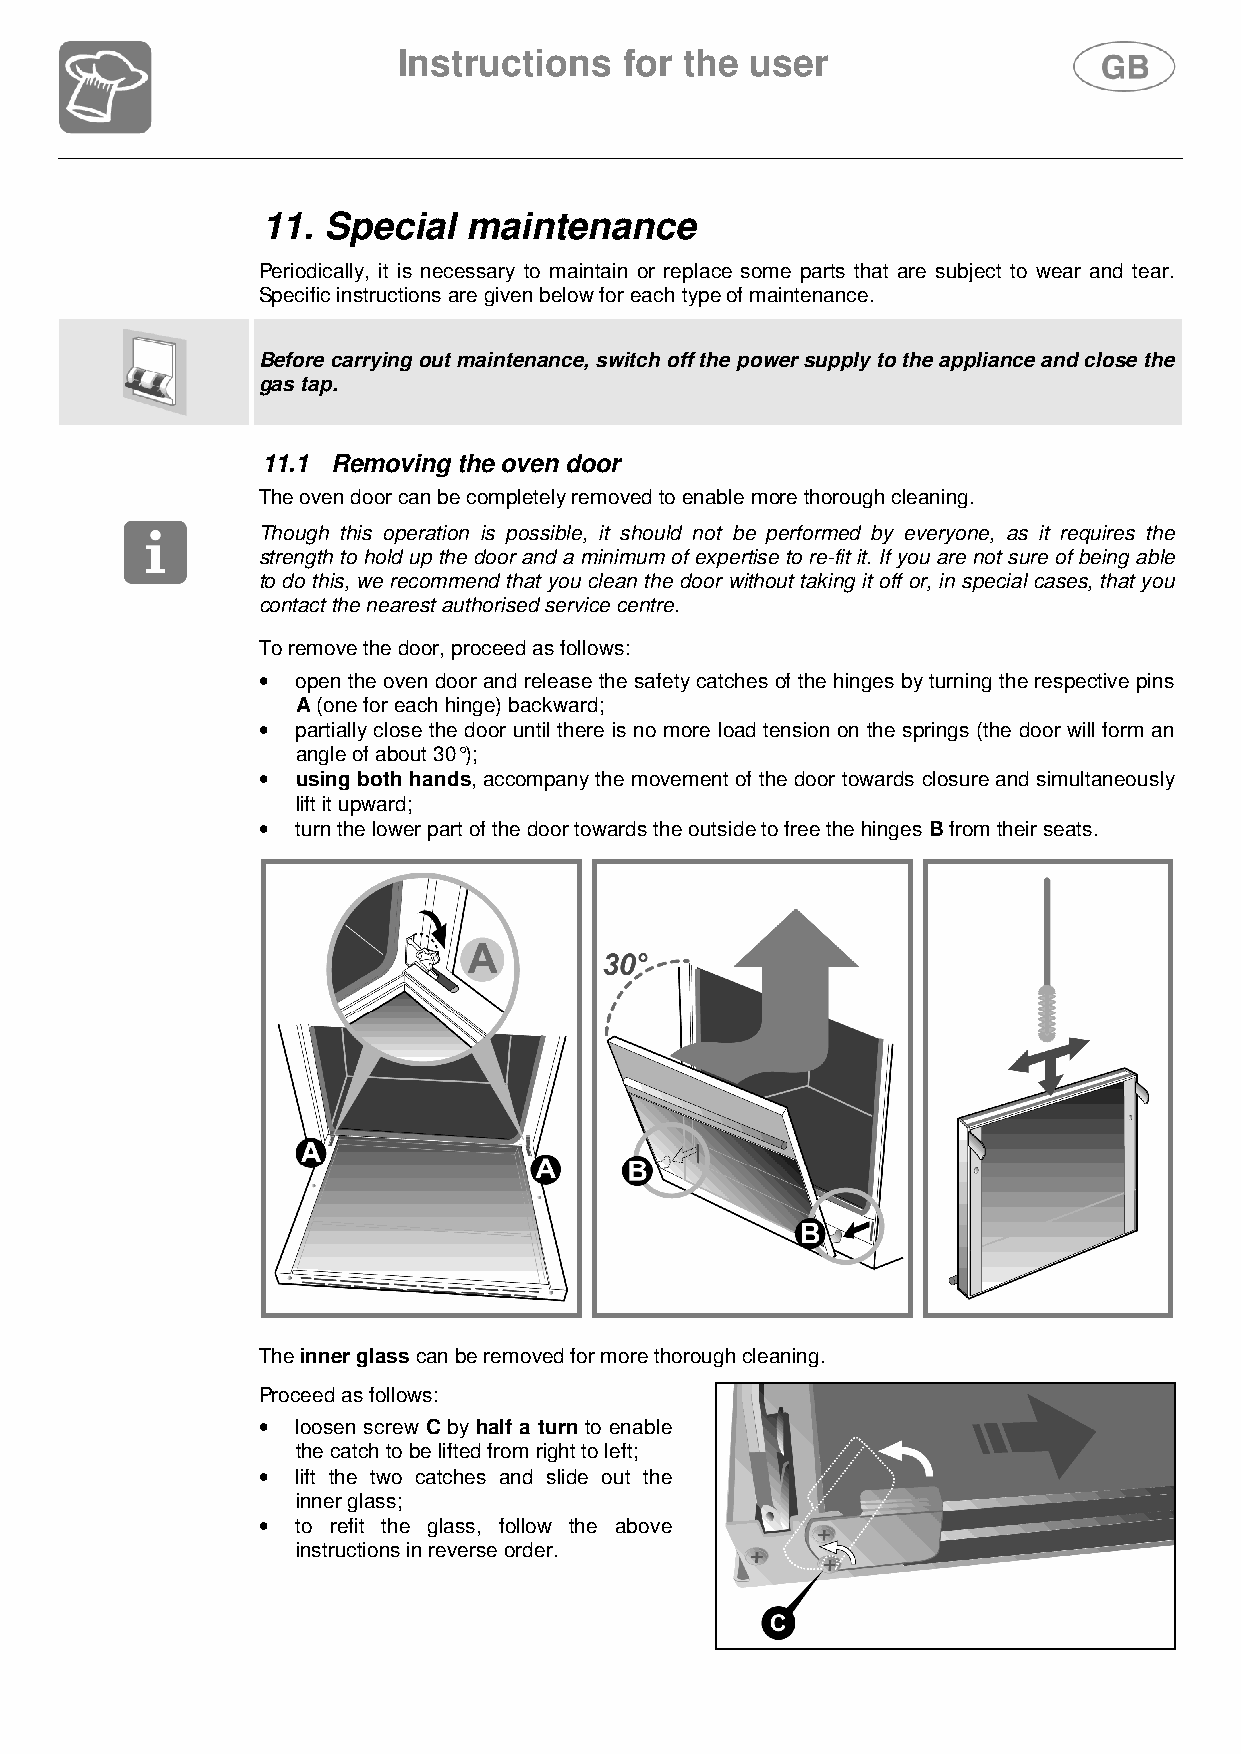
Instructions   for the  user
 11.  Special  maintenance
 Periodically, it is necessary to maintain or replace some parts that are subject to wear and tear.
 Specific instructions are given below for each type of maintenance.
 Before carrying out maintenance, switch off the power supply to the appliance and close the
 gas tap.
 11.1 Removing the oven door
 The oven door can be completely removed to enable more thorough cleaning.
 Though this operation is possible, it should not be performed by everyone, as it requires the
 strength to hold up the door and a minimum of expertise to re-fit it. If you are not sure of being able
 to do this, we recommend that you clean the door without taking it off or, in special cases, that you
 contact the nearest authorised service centre.
 To remove the door, proceed as follows:
 •
 open the oven door and release the safety catches of the hinges by turning the respective pins
 A (one for each hinge) backward;
 •
 partially close the door until there is no more load tension on the springs (the door will form an
 angle of about 30°);
 •  using both hands, accompany the movement of the door towards closure and simultaneously
 lift it upward;
 •  turn the lower part of the door towards the outside to free the hinges B from their seats.
 The inner glass can be removed for more thorough cleaning.
 Proceed as follows:
 •  loosen screw C by half a turn to enable
 the catch to be lifted from right to left;
 •
 lift the two catches and slide out the
 inner glass;
 •
 to refit the glass, follow the above
 instructions in reverse order.
 109